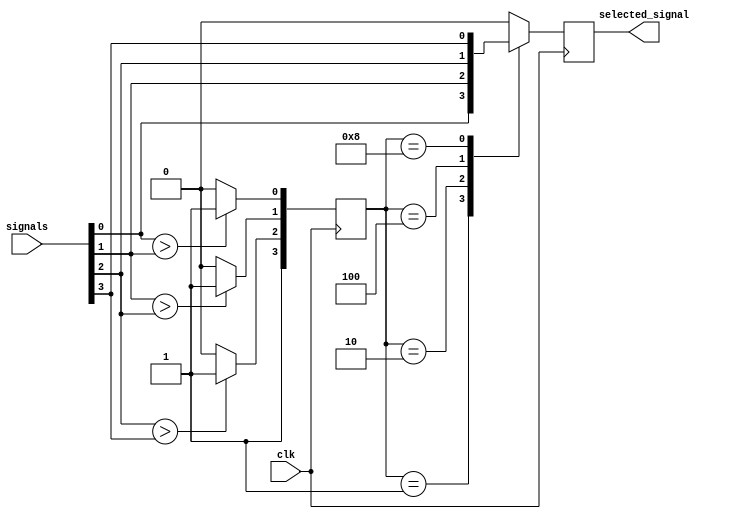
module priority_arbiter (
  input wire clk,
  input wire [3:0] signals,
  output reg selected_signal
);

reg [3:0] priorities;

always @(posedge clk) begin
  // Determine priority of each signal based on predefined criteria
  priorities[0] <= (signals[0] > signals[1]) ? 1'b1 : 1'b0;
  priorities[1] <= (signals[1] > signals[2]) ? 1'b1 : 1'b0;
  priorities[2] <= (signals[2] > signals[3]) ? 1'b1 : 1'b0;
  priorities[3] <= 1'b1; // Default priority
  
  // Select the highest priority signal
  case(priorities)
    4'b0001: selected_signal <= signals[0];
    4'b0010: selected_signal <= signals[1];
    4'b0100: selected_signal <= signals[2];
    4'b1000: selected_signal <= signals[3];
    default: selected_signal <= 4'b0000; // No signal selected
  endcase
end

endmodule